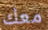
معك